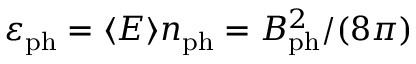
\varepsilon _ { \mathrm { p h } } = \langle E \rangle n _ { \mathrm { p h } } = B _ { \mathrm { p h } } ^ { 2 } / ( 8 \pi )